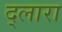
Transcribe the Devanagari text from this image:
द्लारा